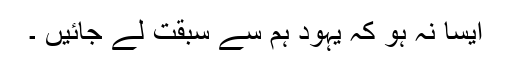
ایسا نہ ہو کہ یہود ہم سے سبقت لے جائیں ۔